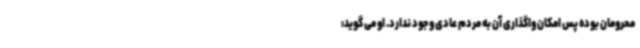
محرومان بوده پس امکان واگذاری آن به مردم عادی وجود ندارد. او می گوید: